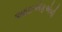
આઇએફએબી